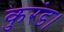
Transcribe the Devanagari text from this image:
कुरंड।